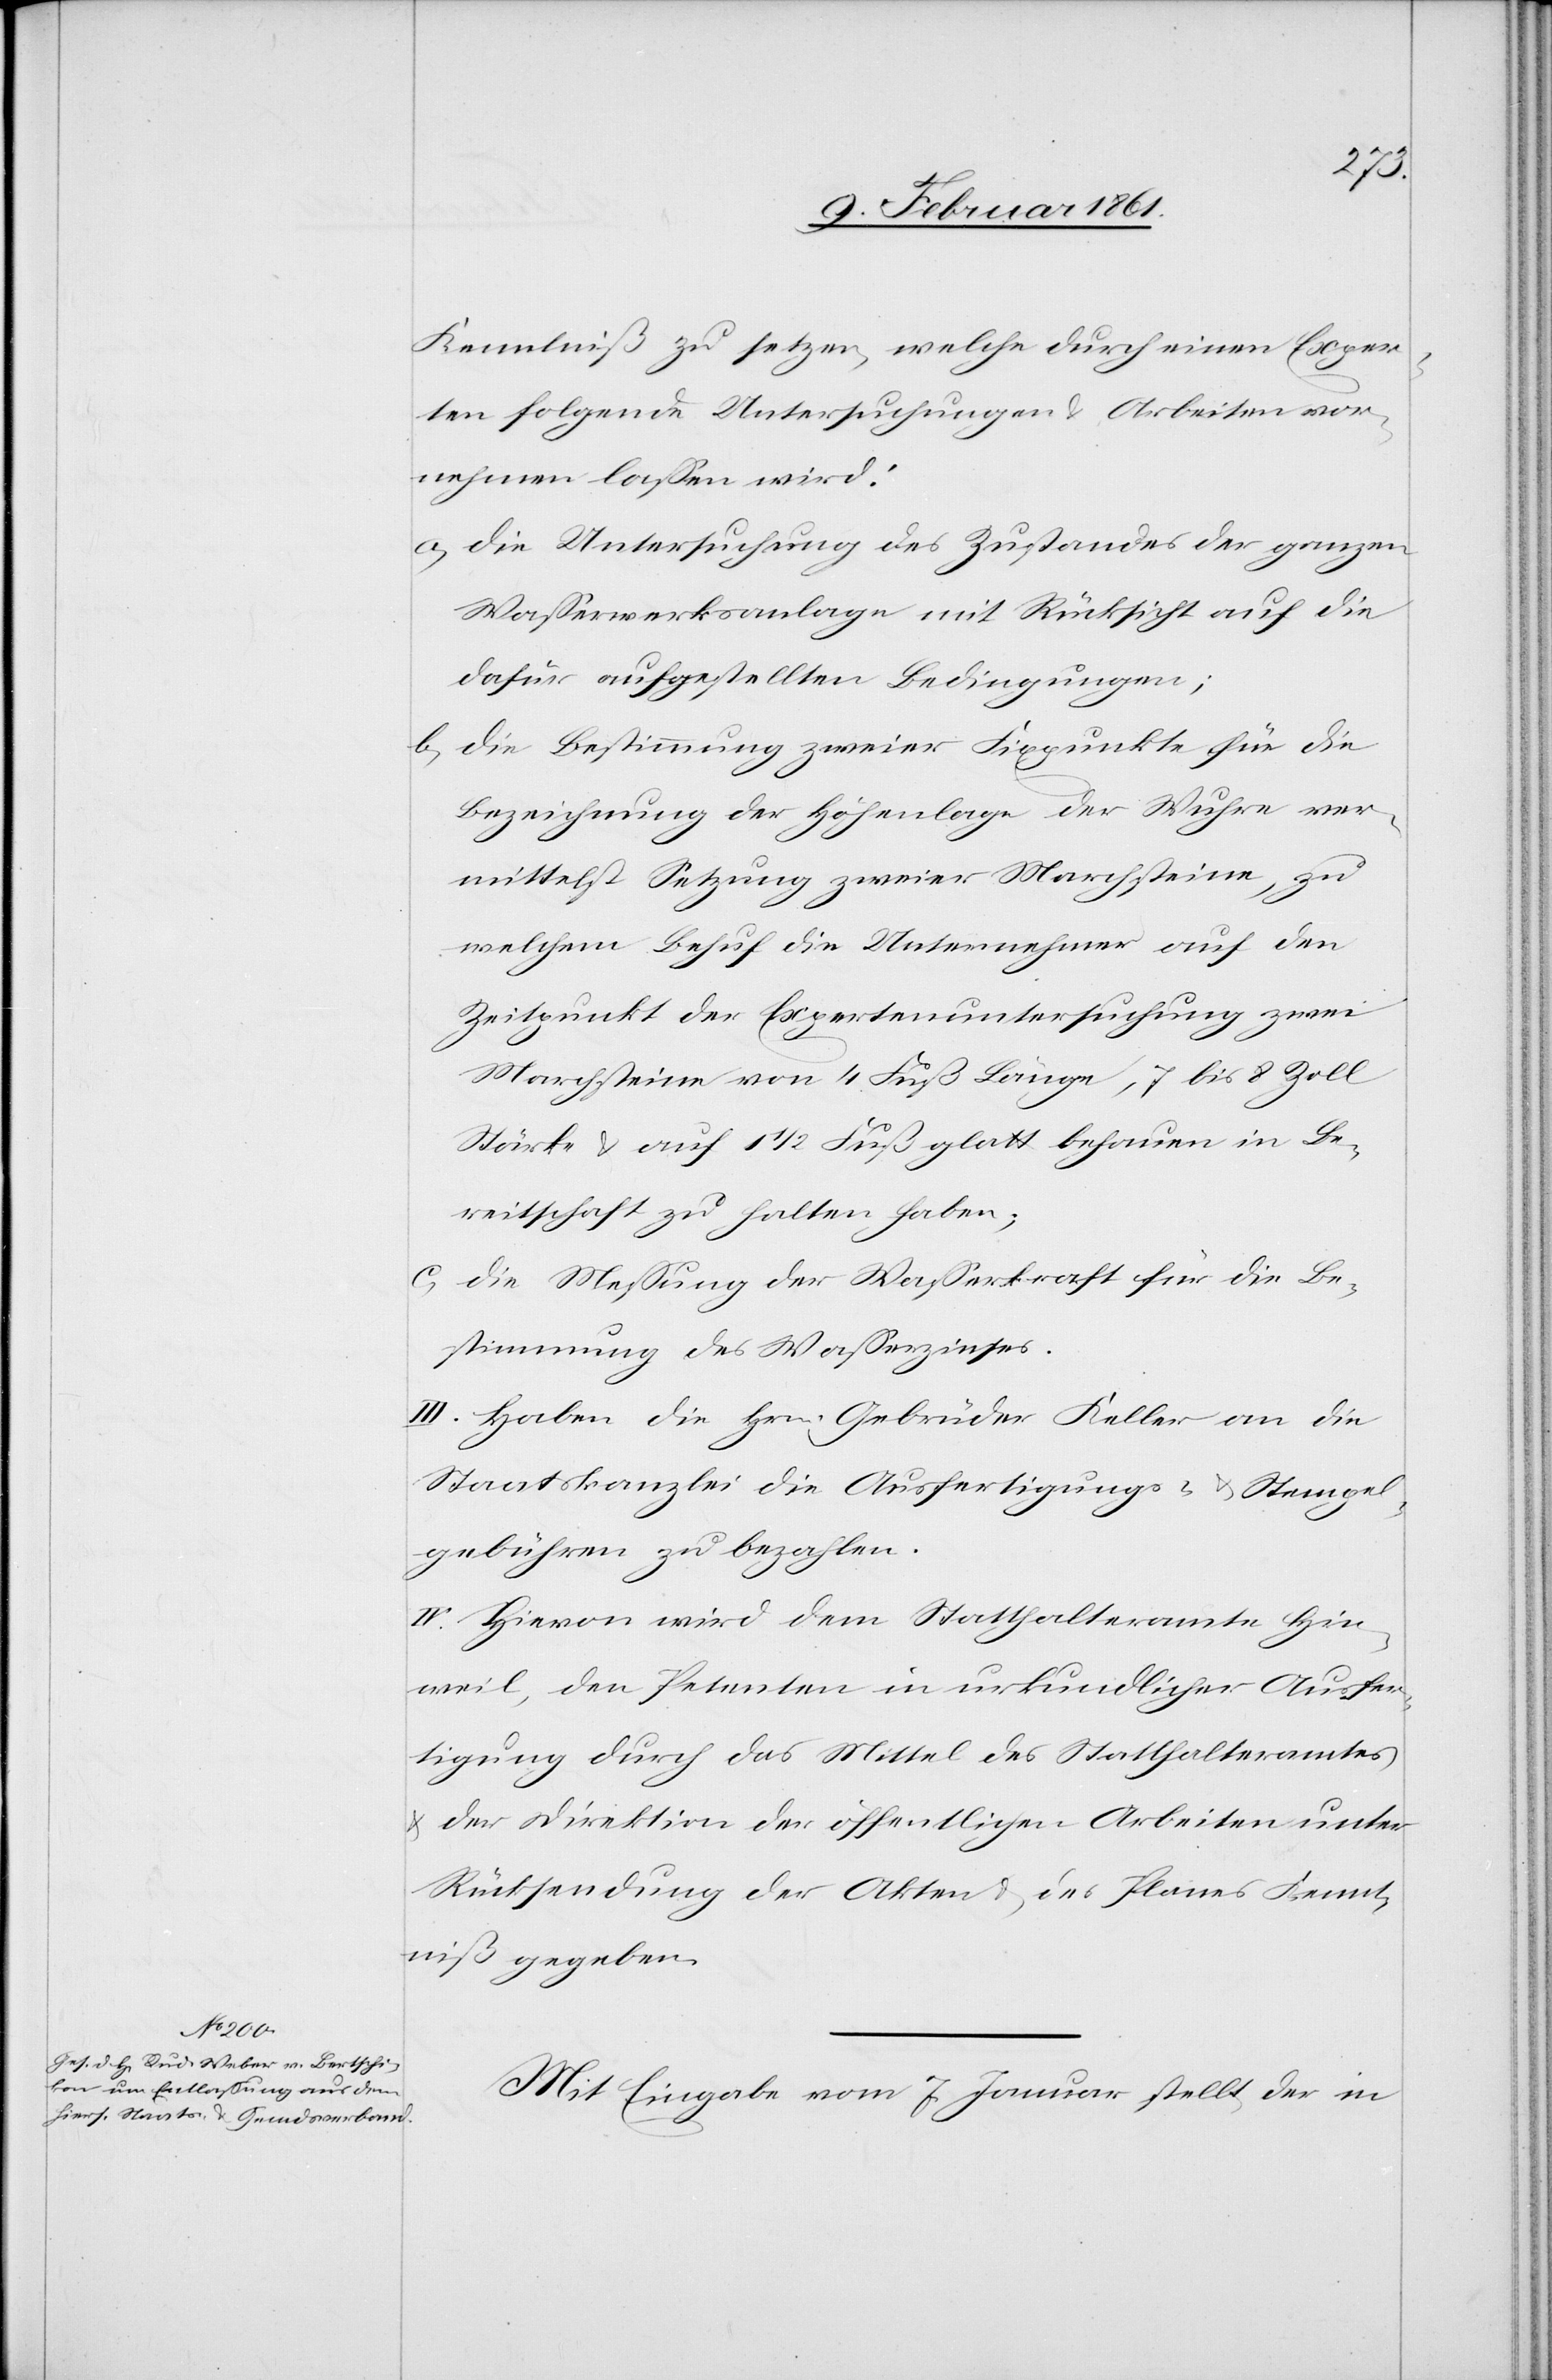
Kenntniß zu setzen, welche durch einen Exper¬
ten folgende Untersuchungen u. Arbeiten vor¬
nehmen lassen wird:
a) Die Untersuchung des Zustandes der ganzen
Wasserwerksanlage mit Rücksicht auf die
dafür aufgestellten Bedingungen;
b) Die Bestimmung zweier Fixpunkte für die
Bezeichnung der Höhenlage der Wuhre ver¬
mittelst Setzung zweier Marchsteine, zu
welchem Behuf die Unternehmer auf den
Zeitpunkt der Expertenuntersuchung zwei
Marchsteine von 4 Fuß Länge, 7 bis 8 Zoll
Stärke und auf 1 1/2 Fuß glatt behauen in Be¬
reitschaft zu halten haben;
c) Die Messung der Wasserkraft für die Be¬
stimmung des Wasserzinses.
III. Haben die Hrn. Gebrüder Keller an die
Staatskanzlei die Ausfertigungs- u. Stempel¬
gebühren zu bezahlen.
IV. Hievon wird dem Statthalteramte Hin¬
weil, den Petenten in urkundlicher Ausfer¬
tigung durch das Mittel des Statthalteramtes
u. der Direktion der öffentlichen Arbeiten unter
Rücksendung der Akten u. des Planes Kennt¬
niß zu geben.
Mit Eingabe vom 7. Januar stellt der in